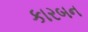
કારબન